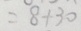
= 8 + 3 0